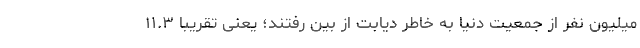
میلیون نفر از جمعیت دنیا به خاطر دیابت از بین رفتند؛ یعنی تقریبا ۱۱.۳